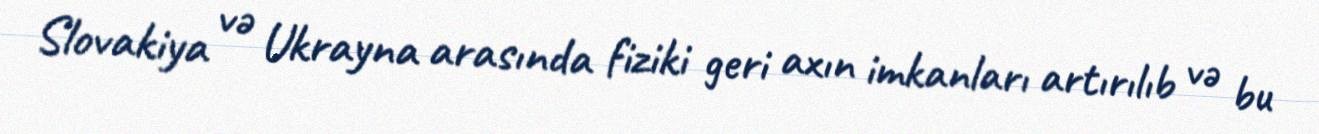
Slovakiya və Ukrayna arasında fiziki geri axın imkanları artırılıb və bu